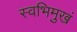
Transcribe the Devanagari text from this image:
स्वभिमुखं